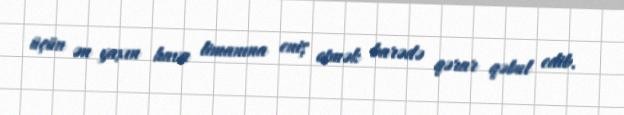
üçün ən yaxın hava limanına eniş etmək barədə qərar qəbul edib.